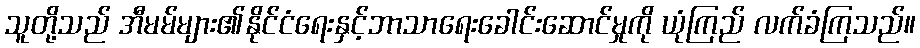
သူတို့သည် အီမမ်များ၏နိုင်ငံရေးနှင့်ဘာသာရေးခေါင်းဆောင်မှုကို ယုံကြည် လက်ခံကြသည်။